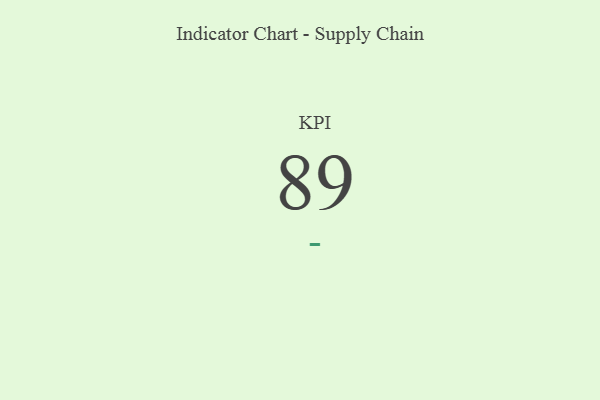
{"axis": {"x": "KPI", "y": "Value"}, "legend": [""], "data": [{"x": "KPI", "y": 89, "type": ""}]}